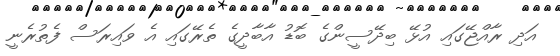
އަދި ރާއްޖޭގައި އުޅޭ ބިދޭސީންގެ ބޮޑު އާބާދީގެ ތެރޭގައި އެ ވައިރަސް ފެތުރެނީ